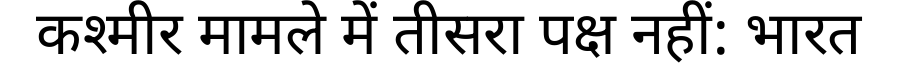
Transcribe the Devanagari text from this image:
कश्मीर मामले में तीसरा पक्ष नहीं: भारत